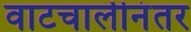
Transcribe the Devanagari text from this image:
वाटचालीनंतर